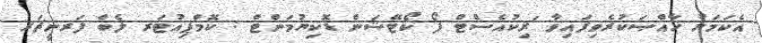
އެކަމަށް ޚާއްޞަކުރެވިފައިވާ 'ރިކުއެސްޓް ފޯ ކޯޓޭޝަން ޑޮކިޔުމަންޓް : ކޮމްޕިއުޓަރ ލެބް ފަރނީޗަރ